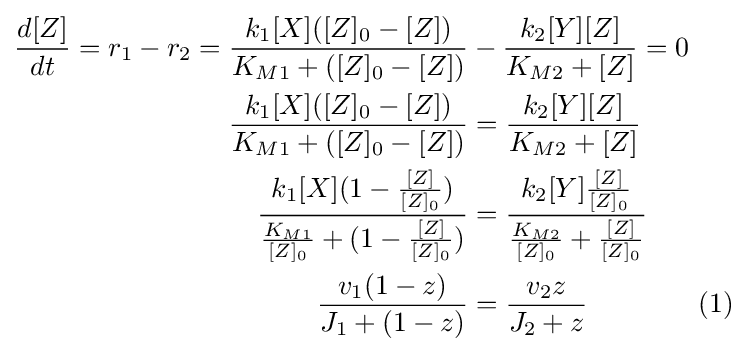
{\begin{aligned}{\frac {d[Z]}{dt}}=r_{1}-r_{2}={\frac {k_{1}[X]([Z]_{0}-[Z])}{K_{M1}+([Z]_{0}-[Z])}}&-{\frac {k_{2}[Y][Z]}{K_{M2}+[Z]}}=0\\{\frac {k_{1}[X]([Z]_{0}-[Z])}{K_{M1}+([Z]_{0}-[Z])}}&={\frac {k_{2}[Y][Z]}{K_{M2}+[Z]}}\\{\frac {k_{1}[X](1-{\frac {[Z]}{[Z]_{0}}})}{{\frac {K_{M1}}{[Z]_{0}}}+(1-{\frac {[Z]}{[Z]_{0}}})}}&={\frac {k_{2}[Y]{\frac {[Z]}{[Z]_{0}}}}{{\frac {K_{M2}}{[Z]_{0}}}+{\frac {[Z]}{[Z]_{0}}}}}\\{\frac {v_{1}(1-z)}{J_{1}+(1-z)}}&={\frac {v_{2}z}{J_{2}+z}}\qquad \qquad (1)\end{aligned}}